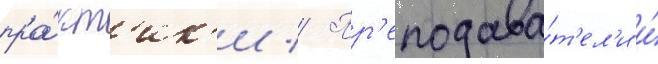
пра́кт'ик'и // Пр'еподава́т'ел'и и́